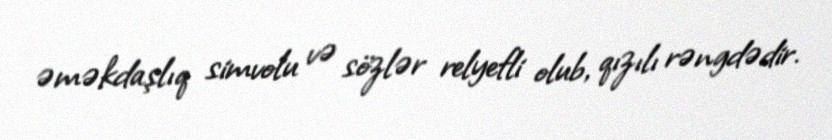
əməkdaşlıq simvolu və sözlər relyefli olub, qızılı rəngdədir.